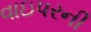
વાઇપરની